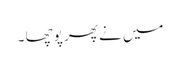
میں نے پھر پوچھا ۔